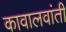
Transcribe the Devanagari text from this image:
कावालवांती